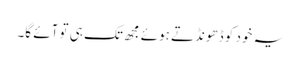
یہ خود کو ڈھونڈتے ہوئے مجھ تک ہی تو آئے گا۔